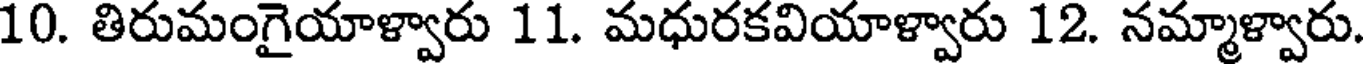
10. తిరుమంగైయాళ్వారు 11. మధురకవియాళ్వారు 12. నమ్మాళ్వారు.